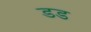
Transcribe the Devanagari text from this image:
डड